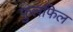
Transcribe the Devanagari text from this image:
फुलफिल